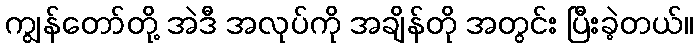
ကျွန်တော်တို့ အဲဒီ အလုပ်ကို အချိန်တို အတွင်း ပြီးခဲ့တယ်။